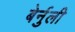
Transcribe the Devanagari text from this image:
बेर्नुली